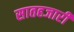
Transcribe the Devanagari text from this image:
सातहजारी